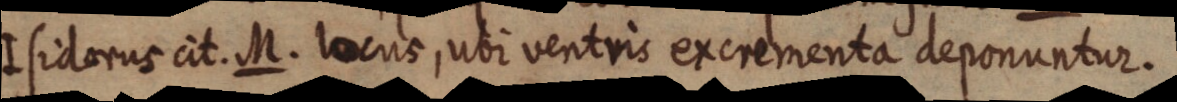
Isidorus cit. M. Iocus, ubi ventris excrementa deponuntur.